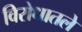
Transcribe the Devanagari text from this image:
विरोधातले